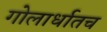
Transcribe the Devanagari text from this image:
गोलार्धातच